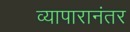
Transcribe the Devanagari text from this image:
व्यापारानंतर